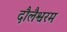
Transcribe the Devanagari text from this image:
दौलैश्वरम